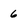
Character: 6